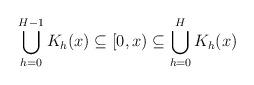
LaTeX: \begin{align*} \bigcup_{h=0}^{H-1}K_h(x)\subseteq [0,x)\subseteq\bigcup_{h=0}^{H}K_h(x)\end{align*}